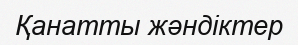
Қанатты жәндіктер